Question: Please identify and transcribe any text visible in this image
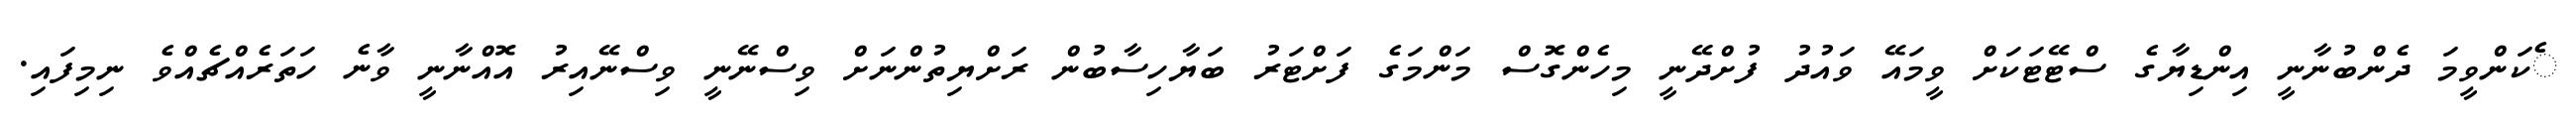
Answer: ެކަންވީމަ ދެންބުނާނީ އިންޑިޔާގެ ސްޓޭޓަކަށް ވީމައޭ ވައުދު ފުށްދޭނީ މިހެންގޮސް މަންމަގެ ފަށްޓަރު ބަޔާހިސާބުން ރަށްޔިތުންނަށް ވިސްނޭނީ ވިސްނޭއިރު އޮއްނާނީ ވާނެ ހަތަރެއްޗެއްވެ ނިމިފައި.